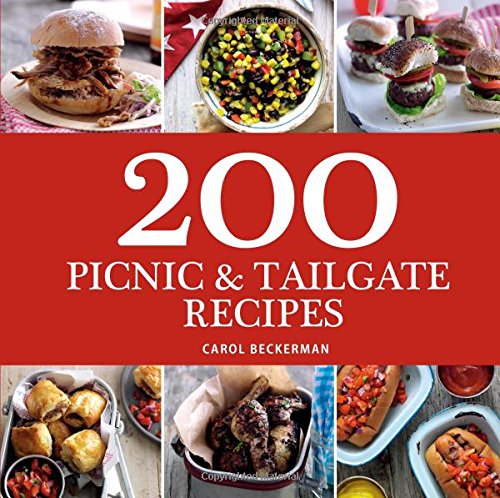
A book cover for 200 Picnic & Tailgate Recipes; Carol Beckerman; Cookbooks, Food & Wine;